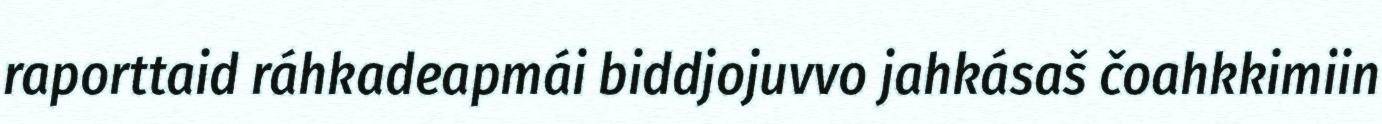
raporttaid ráhkadeapmái biddjojuvvo jahkásaš čoahkkimiin